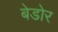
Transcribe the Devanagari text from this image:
बेडोर